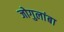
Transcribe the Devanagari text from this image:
जोगुलांबा